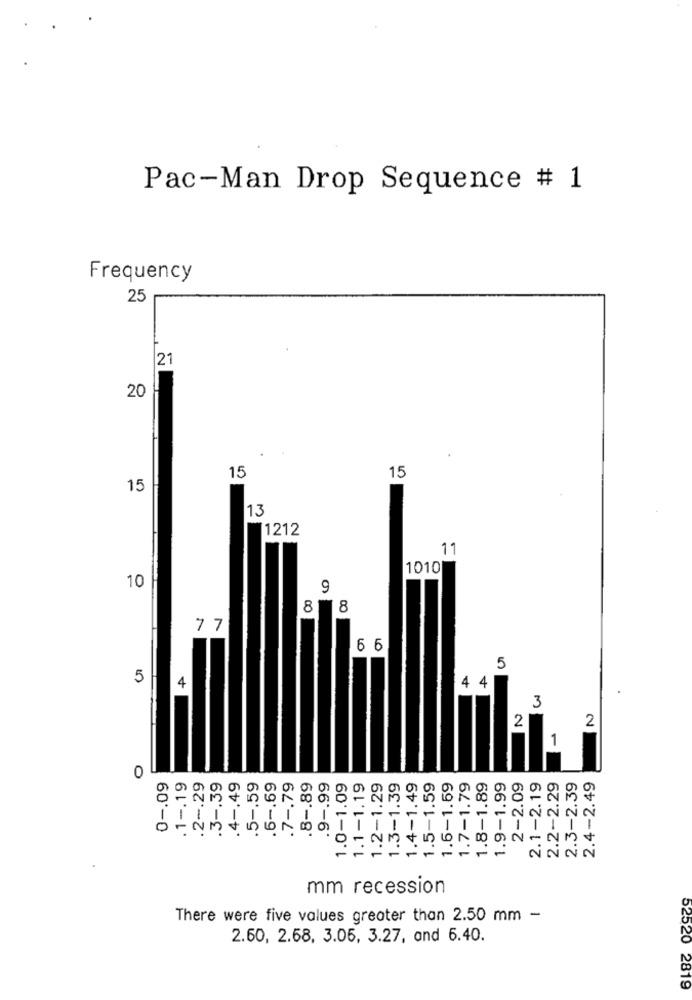
Pac-Man Drop Sequence # 1
Frequency
25
21
20
15
15
15
13
1212
11
1010
10
9
CO
8
7 7
6 6
5
5
4
4
4
4 4
3
2
2
-
0
0 -. 09
.1 -. 19
.2 -. 29
.3 -. 39
.4 -, 49
.5 -. 59
.6 -. 69
.7 -. 79
.8 -. 89
.9 -. 99
1.0-1.09
1.1-1.19
1.2-1.29
1.3-1.39
1.4-1.49
1.5-1.59
1.6-1.59
1.7-1.79
1.8-1.89
1.9-1.99
2-2.09
2.1-2.19
2.2-2.29
2.3-2.39
2.4-2.49
mm recession
There were five values greater than 2.50 mm -
2.60, 2.68, 3.06, 3.27, and 6.40.
52520 2819